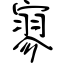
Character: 寥